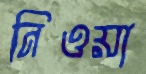
নিওয়া